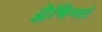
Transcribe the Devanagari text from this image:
द्वेषिणां